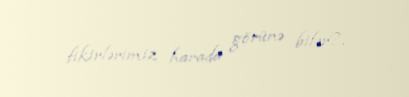
fikirlərimiz harada görünə bilər?.